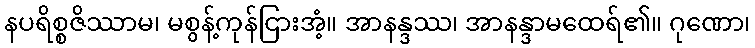
နပရိစ္စဇိဿာမ၊ မစွန့်ကုန်ငြားအံ့။ အာနန္ဒဿ၊ အာနန္ဒာမထေရ်၏။ ဂုဏော၊